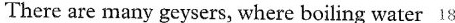
There are many geysers, where boiling water 18